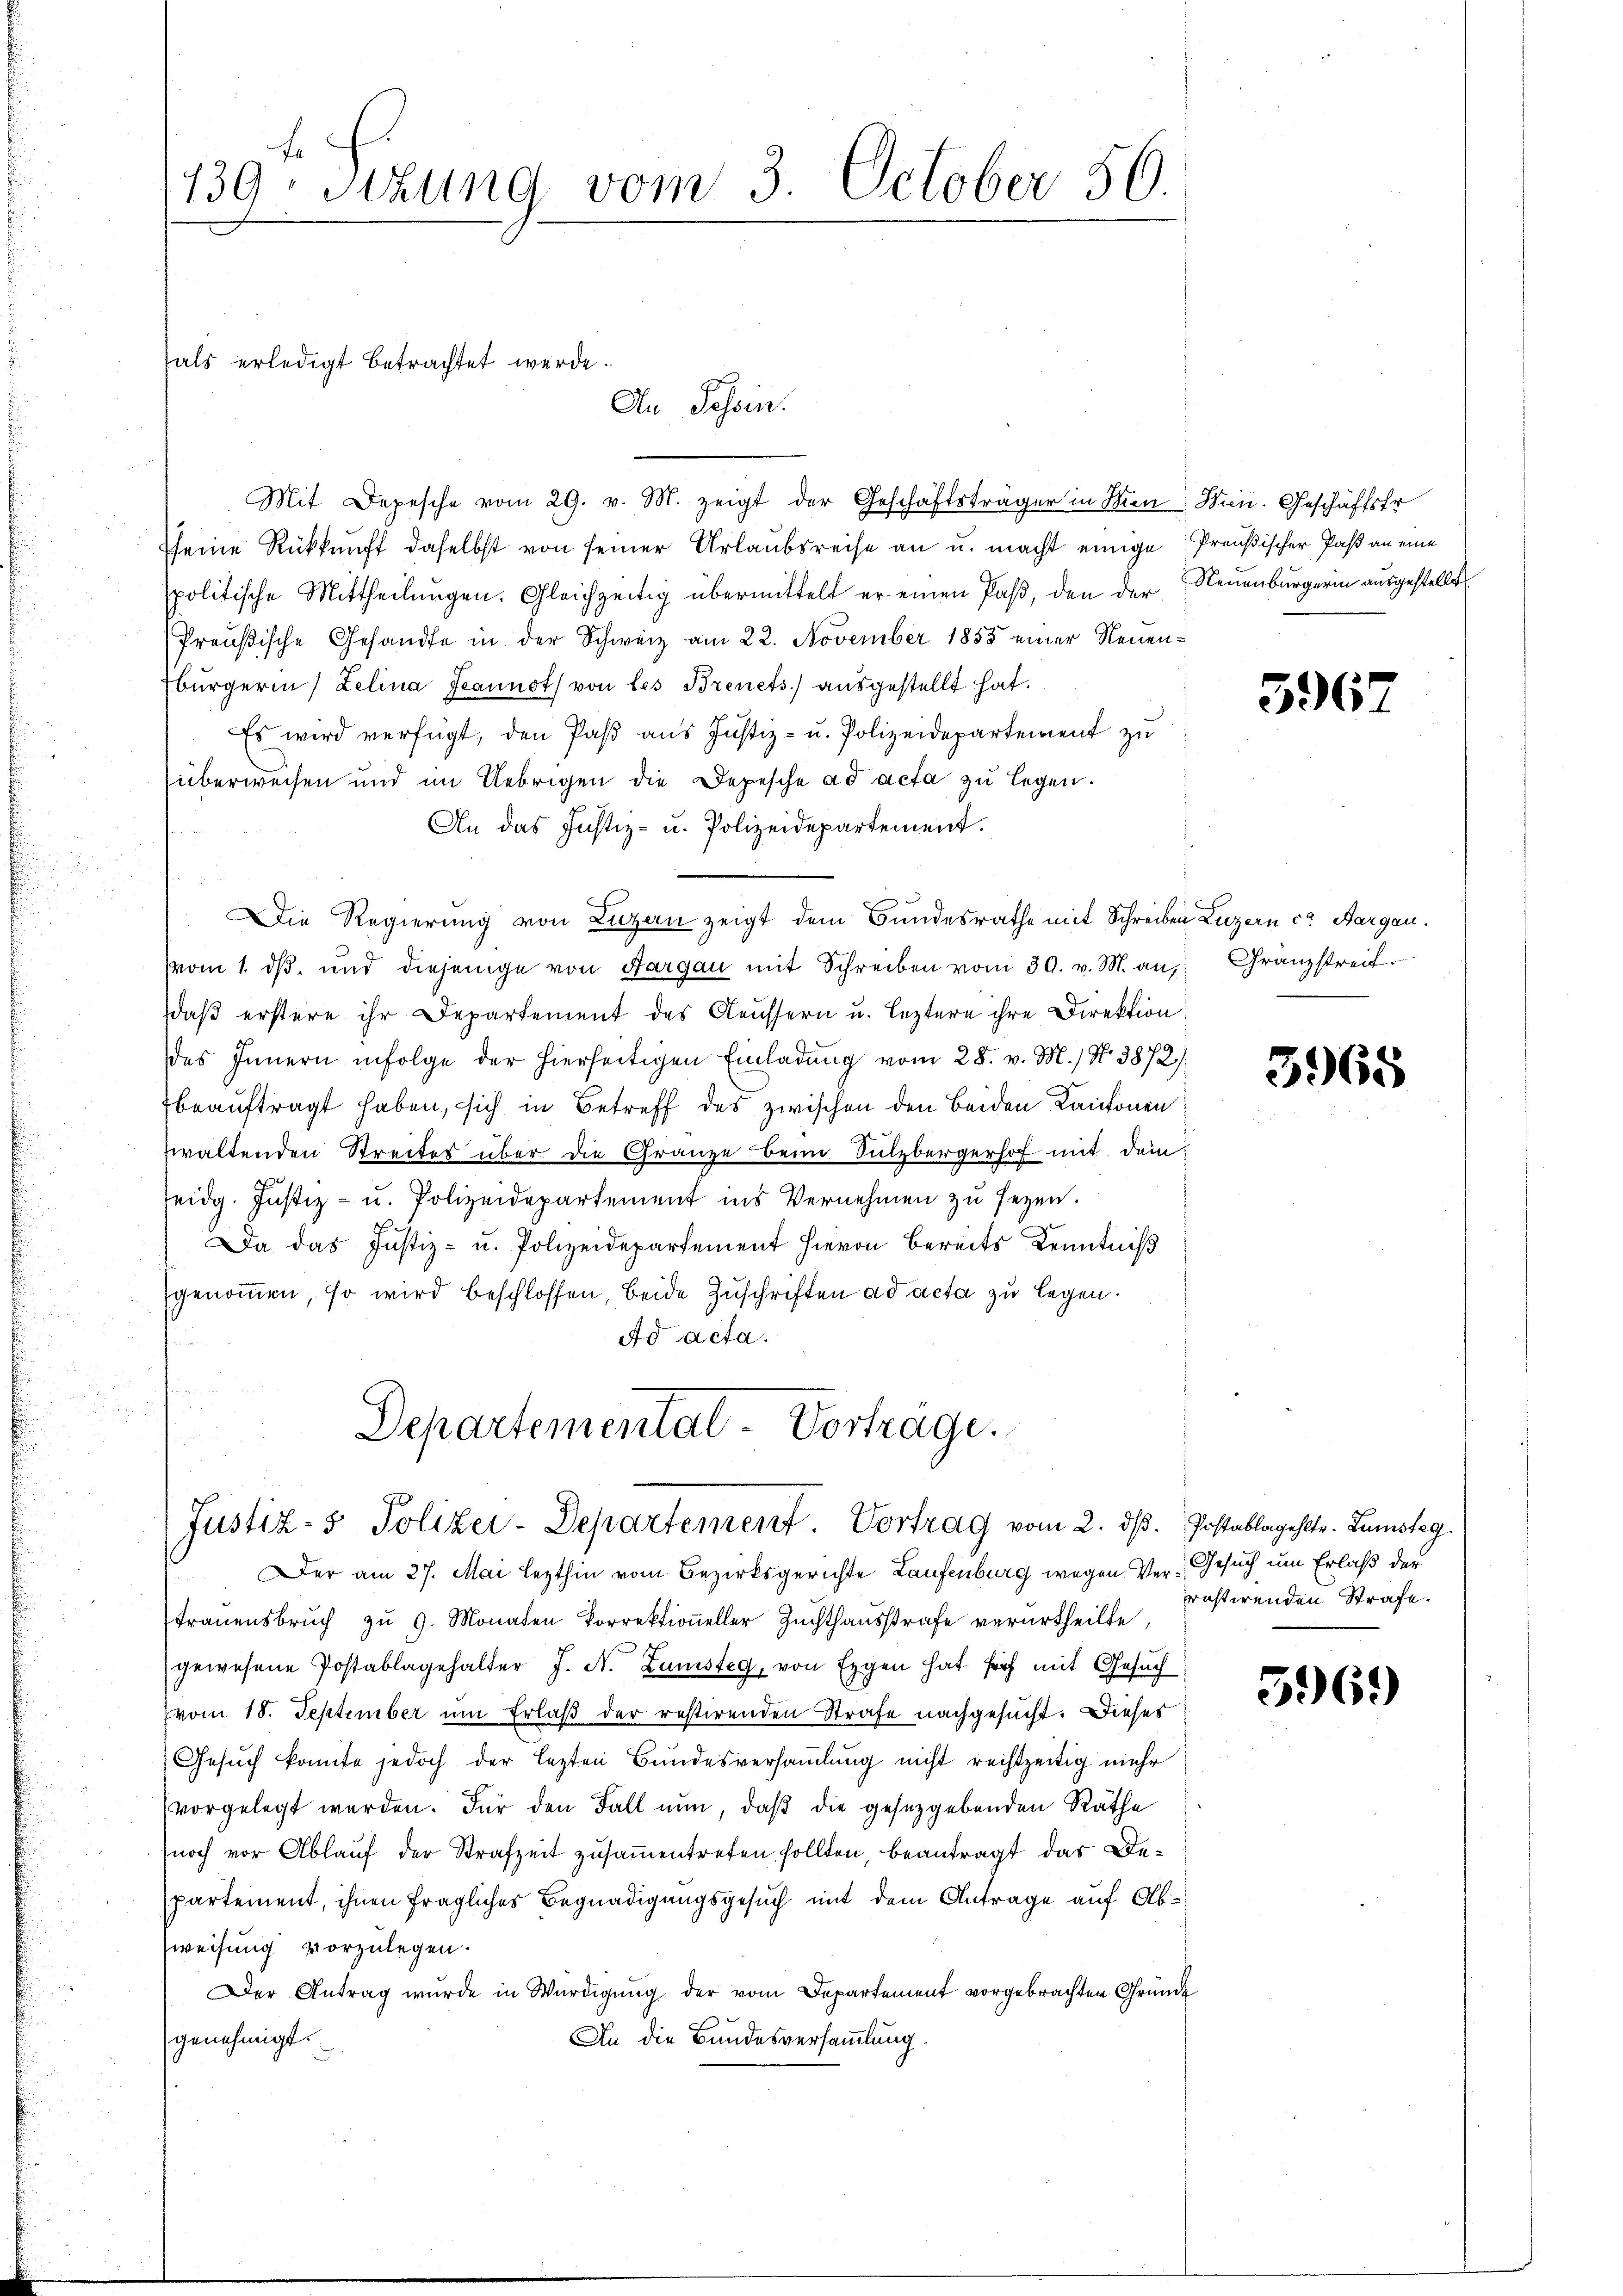
139 sizung vom 3. October 50.

tals erledigt betrachtet werde.
An Tessin.

Mit Depesche vom 29. v. M. zeigt der Geschäftsträger in Mien: Wien. Geschäftsfr
sseine Rückkunft daselbst von seiner Urlaubsreise an u. macht einige Preußischer Paß an eine
spolitische Mittheilŭngen. Gleichzeitig übermittelt er einen Paß, den der Neuenburgerin ausgestellt
Preußische Gesandte in der Schweiz am 22. November 1855 einer Neuenbürgerin Lelina Jeannot von les Brenets aŭsgestellt hat.
Es wird verfügt, den Paß aus Justiz- u. Polizeidepartement zu
überweisen und im Uebrigen die Depesche ad acta zu legen.
An das Justiz- u. Polizeidepartement.
Die Regierung von Luzern zeigt dem Bundesrathe mit Schreiben Luzern ca. Aargau.
vom 1. dβ, und diejenige von Aargau mit Schreiben vom 30. v. M. an, Granzstreit.
daß erstere ihr Departement des Aeussern u. leztere ihre Direktion:
des Innern infolge der hierseitigen Einladung vom 28. v. M. / N. 3872/
beauftragt haben, sich in Betreff des zwischen den beiden Kantonen
waltenden Streites über die Gränze beim Sulzbergerhof mit dem
eidg. Justiz- u. Polizeidepartement ins Vernehmen zu seyen.
Da das Justiz- u. Polizeidepartement hievon bereits Kenntniß
genommen, so wird beschlossen, beide Zuschriften ad acta zu legen.
Ad acta.
Departementat - Vortrage.

Justiz- & Polizei-Departement. Vortrag vom 2. dβ. Postablagehlte. Zumstag.

Der am 27. Mai lezthin vom Bezirksgerichte Laufenburg wegen Ver- Gesuch um Erlaß der
traŭensbrŭch zŭ 9. Monaten Vorrektioneller Zuchthausstrafe verurtheilte,
gewesene Postablagehalter J. N. Zumisteg, von Eggen hat sich mit Gesuch
vom 18. September um Erlaß der restirenden Strafe nachgesucht. Dieses
Gesuch konnte jedoch der lezten Bundesversammlung nicht rechtzeitig mehr
vorgelegt werden. Für den Fall nun, daß die gesetzgebenden Räthe
noch vor Ablauf der Strafzeit zusammentreten sollten, beantragt das Departement, ihnen fragliches Begnadigungsgesuch mit dem Antrage auf Ab¬
Zweisung vorzulegen.
Der Antrag wurde in Würdigung der vom Departement vorgebrachten Gründe
genehmigt.
An die Bundesversammlung.

3967

3965

rastirenden Strafe.

56.)